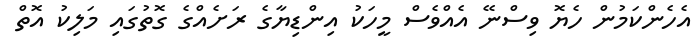
އެހެންކަމުން ހެޔޮ ވިސްނޭ އެއްވެސް މީހަކު އިންޑިޔާގެ ރަށެއްގެ ގޮތުގައި މަލިކު އޮތް